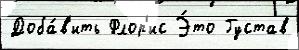
Доба́в'ить Флор'ис Э́то Густав